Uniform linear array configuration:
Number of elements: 64
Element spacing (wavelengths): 0.25
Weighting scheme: hann
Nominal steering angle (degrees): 45
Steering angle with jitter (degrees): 45.739
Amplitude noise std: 0.05
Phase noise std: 0.05

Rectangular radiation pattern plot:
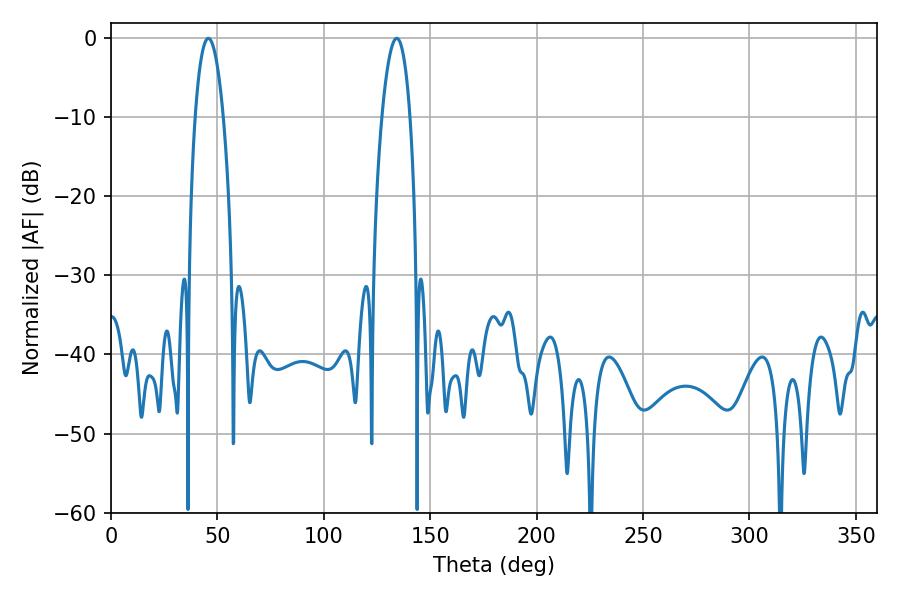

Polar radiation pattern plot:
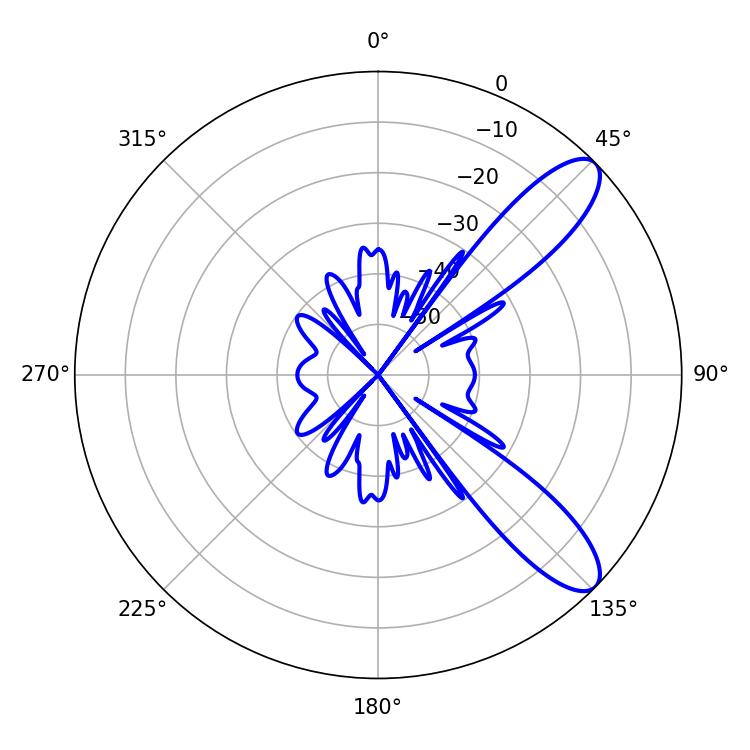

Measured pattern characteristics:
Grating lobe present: FALSE
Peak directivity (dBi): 10.061
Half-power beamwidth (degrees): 7.38
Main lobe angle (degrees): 45.72